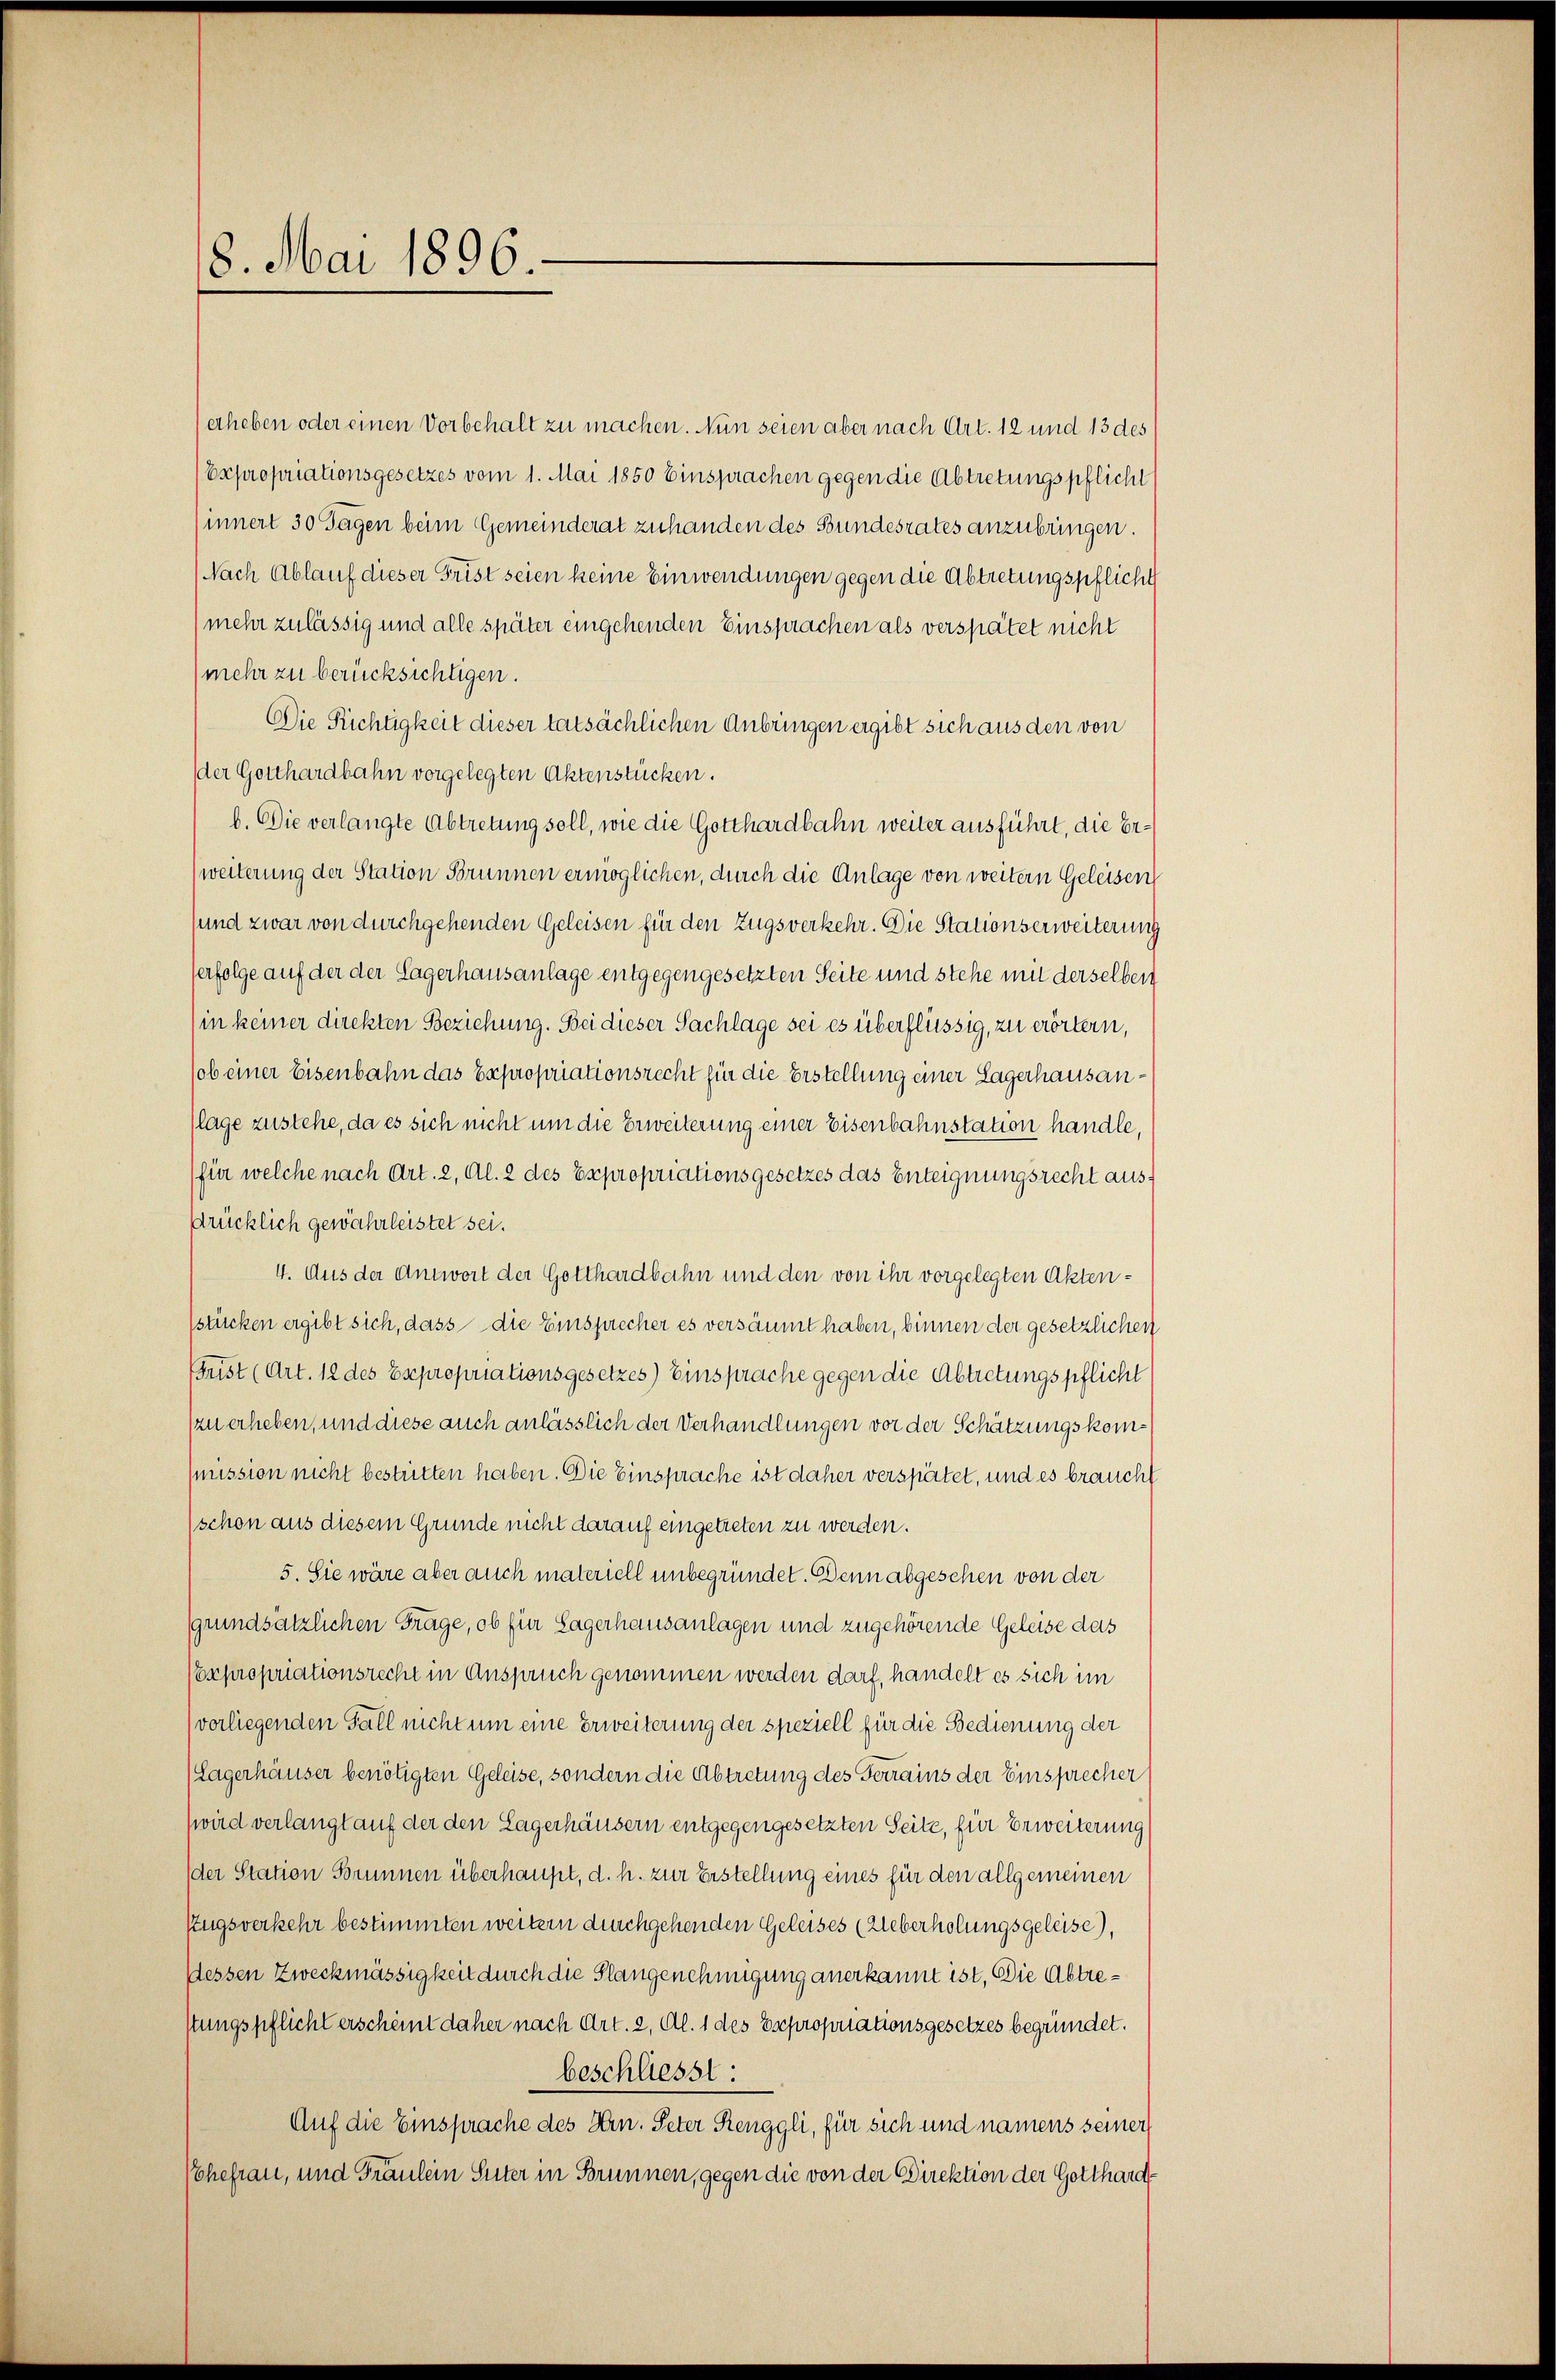
18. Mai 1896.

erheben oder einen Vorbehalt zu machen. Nun seien aber nach Art. 12 und 13 des
Expropriationsgesetzes vom 1. Mai 1850 Einsprachen gegen die Abtretungspflicht
innert 30 Tagen beim Gemeinderat zuhanden des Bundesrates anzubringen.
Nach Ablauf dieser Frist seien keine Einwendungen gegen die Abtretungspflicht
(mehr zulässig und alle später eingehenden Einsprachen als verspätet nicht
(mehr zu berücksichtigen.
Die Richtigkeit dieser tatsächlichen Anbringen ergibt sich aus den von
der Gotthardbahn vorgelegten Aktenstücken.
b. Die verlangte Abtretung soll, wie die Gotthardbahn weiter ausführt, die Er¬
(weiterung der Station Brunnen ermöglichen, durch die Anlage von weitern Geleisen
sund zwar von durchgehenden Geleisen für den Zugsverkehr. Die Stationserweiterung
erfolge auf der der Lagerhausanlage entgegengesetzten Seite und stehe mit derselben
in keiner direkten Beziehung. Bei dieser Sachlage sei es überflüssig, zu erörtern,
ob einer Eisenbahn das Expropriationsrecht für die Erstellung einer Lagerhausanlage zustehe, da es sich nicht um die Erweiterung einer Eisenbahnstation handle,
für welche nach Art. 2, Al. 2 des Expropriationsgesetzes das Enteignungsrecht ausdrücklich gewährleistet sei.
4. Aus der Antwort der Gotthardbahn und den von ihr vorgelegten Aktenstücken ergibt sich, dass die Einsprecher es versäumt haben, binnen der gesetzlichen
Frist (Art. 12 des Expropriationsgesetzes) Einsprache gegen die Abtretungspflicht
zu erheben, und diese auch anlässlich der Verhandlungen vor der Schätzungskommission nicht bestritten haben. Die Einsprache ist daher verspätet, und es braucht
schon aus diesem Grunde nicht darauf eingetreten zu werden.
5. Sie wäre aber auch materiell unbegründet. Denn abgesehen von der
grundsätzlichen Frage, ob für Lagerhausanlagen und zugehörende Geleise das
Coxpropriationsrecht in Anspruch genommen werden darf, handelt es sich im
vorliegenden Fall nicht um eine Erweiterung der speziell für die Bedienung der
(Lagerhäuser benötigten Geleise, sondern die Abtretung des Ferrains der Einsprecher
(wird verlangt auf der den Lagerhäusern entgegengesetzten Seite, für Erweiterung
der Station Brunnen überhaupt, d. h. zur Erstellung eines für den allgemeinen
Zugsverkehr bestimmten weitern durchgehenden Geleises (Ueberholungsgeleise),
dessen Zweckmässigkeit durch die Stangenehmigung anerkannt ist. Die Abtrestungspflicht erscheint daher nach Art. 2, Al. 1 des Expropriationsgesetzes begründet.
beschliesst:
Auf die Einsprache des Hrn. Peter Renggli, für sich und namens seiner
Schefrau, und Fräulein Suter in Brunnen, gegen die von der Direktion der Gotthard¬